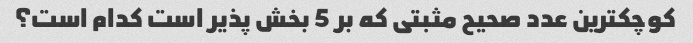
کوچکترین عدد صحیح مثبتی که بر 5 بخش پذیر است کدام است؟